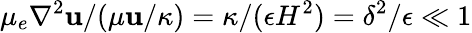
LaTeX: \mu_{e}\nabla^{2}\mathbf{u}/(\mu\mathbf{u}/\kappa)=\kappa/(\epsilon H^{2})=\delta^{2}/\epsilon\ll 1